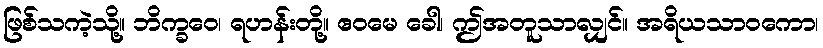
ဖြစ်သကဲ့သို့။ ဘိက္ခဝေ၊ ရဟန်းတို့။ ဧဝမေ ခေါ၊ ဤအတူသာလျှင်။ အရိယသာဝကော၊